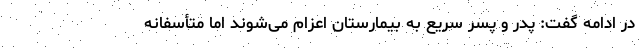
در ادامه گفت: پدر و پسر سریع به بیمارستان اعزام می‌شوند اما متأسفانه